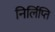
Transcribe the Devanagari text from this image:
निर्लिप्ति